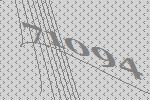
71094